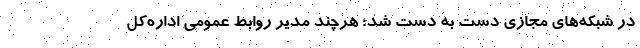
در شبکه‌های مجازی دست به دست شد؛ هرچند مدیر روابط عمومی اداره‌کل